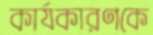
কার্যকারণকে